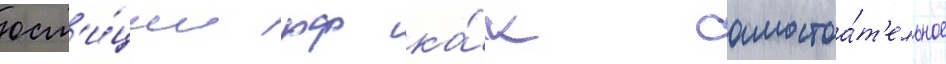
юст'и́ции рф ка́к самостоа́т'ельное